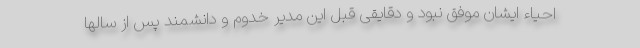
احیاء ایشان موفق نبود و دقایقی قبل این مدیر خدوم و دانشمند پس از سالها